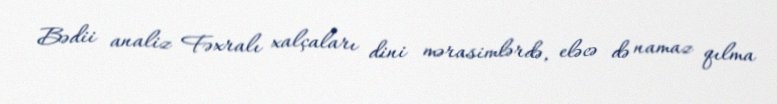
Bədii analiz Fəxralı xalçaları dini mərasimlərdə, eləcə də namaz qılma